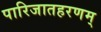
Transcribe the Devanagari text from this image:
पारिजातहरणम्